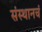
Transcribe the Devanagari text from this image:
संस्थानचं